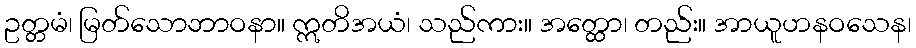
ဥတ္တမံ၊ မြတ်သောဘာဝနာ။ ဣတိအယံ၊ သည်ကား။ အတ္ထော၊ တည်း။ အာယူဟနဝသေန၊